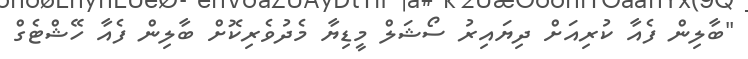
"ބާލިން ފެއާ ކުރިއަށް ދިޔައިރު ސޯޝަލް މީޑިޔާ މެދުވެރިކޮށް ބާލިން ފެއާ ހޭޝްޓެގް